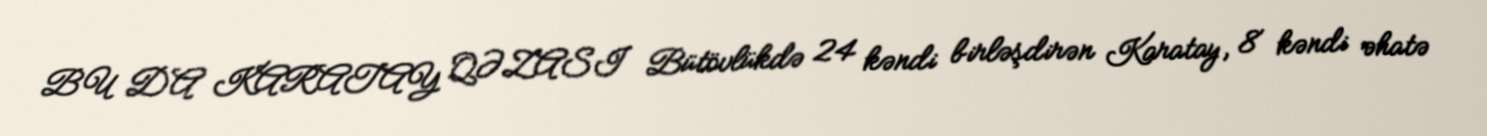
BU DA KARATAY QƏZASI Bütövlükdə 24 kəndi birləşdirən Karatay, 8 kəndi əhatə